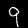
Label: 9